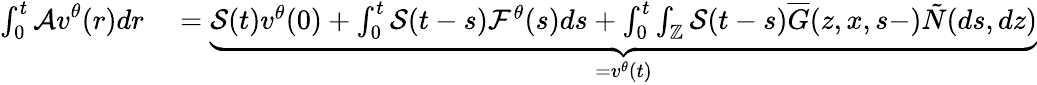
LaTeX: \begin{array}{rl}{\int_{0}^{t}\mathcal{A}\displaystyle v^{\theta}(r)dr}&{{}=\underbrace{\mathcal{S}(t)v^{\theta}(0)+\int_{0}^{t}\mathcal{S}(t-s)\mathcal{F}^{\theta}(s)ds+\int_{0}^{t}\int_{\mathbb{Z}}\mathcal{S}(t-s)\overline{{G}}(z,x,s-)\tilde{N}(ds,dz)}_{=v^{\theta}(t)}}\end{array}